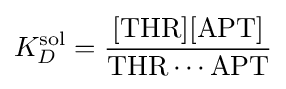
K_{D}^{\text{sol}}={\frac {[{\text{THR}}][{\text{APT}}]}{{\text{THR}}\cdots {\text{APT}}}}